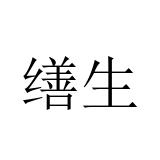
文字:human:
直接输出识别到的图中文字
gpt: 缮生